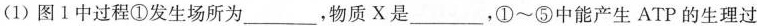
(1)图1中过程①发生场所为___，物质X是___，①~⑤中能产生ATP的生理过